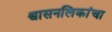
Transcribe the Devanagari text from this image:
श्वासनलिकांचा